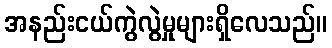
အနည်းငယ်ကွဲလွဲမှုများရှိလေသည်။